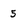
Character: 5